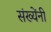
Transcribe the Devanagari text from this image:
संख्येंनी